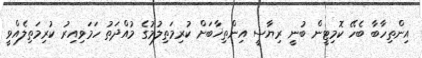
އިންތިހާބާ ބެހޭ ކޮމިޓީން ބުނީ ރިޔާސީ އިންތިޚާބަށް ކުރިމަތިލުމުގެ މުއްދަތު ހަމަވިއިރު ކުރިމަތިލެއްވީ